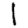
Digit: 1